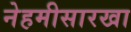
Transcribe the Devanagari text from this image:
नेहमीसारखा